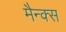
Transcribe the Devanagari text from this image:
मैन्क्स